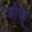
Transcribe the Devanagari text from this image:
घोष्